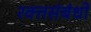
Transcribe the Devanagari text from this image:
रक्तसंबंधों